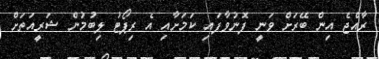
ރާއްޖެ އިން ބޭރަށް ވަނީ ފޮނުވާފައި ކަމަށާއި އެ ރިޕޯޓު ލިބުމުން ޝަރީއަތަށް